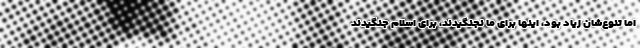
اما تنوع‌شان زیاد بود، اینها برای ما نجنگیدند، برای اسلام جنگیدند